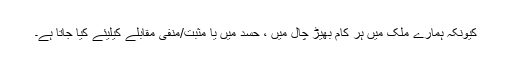
کیونکہ ہمارے ملک میں ہر کام بھیڑ چال میں ، حسد میں یا مثبت/منفی مقابلے کیلیئے کیا جاتا ہے۔